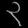
Digit: ၃